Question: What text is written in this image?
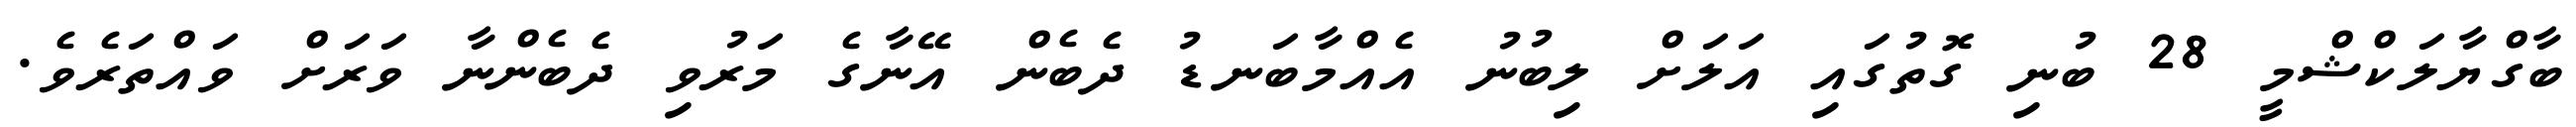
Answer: ބާގްޔާލަކްޝްމީ 28 ބުނި ގޮތުގައި އަލަށް ލިބުނު އެއްމާބަނޑު ދެބެން އޭނާގެ މަރުވި ދެބެންނާ ވަރަށް ވައްތަރެވެ.